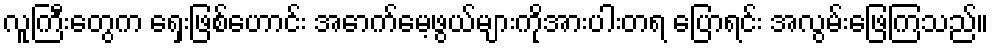
လူကြီးတွေက ရှေးဖြစ်ဟောင်း အောက်မေ့ဖွယ်များကိုအားပါးတရ ပြောရင်း အလွမ်းဖြေကြသည်။